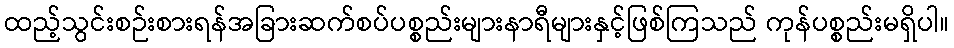
ထည့်သွင်းစဉ်းစားရန်အခြားဆက်စပ်ပစ္စည်းများနာရီများနှင့်ဖြစ်ကြသည် ကုန်ပစ္စည်းမရှိပါ။